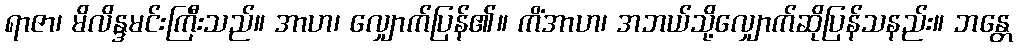
ရာဇာ၊ မိလိန္ဒမင်းကြီးသည်။ အာဟ၊ လျှောက်ပြန်၏။ ကိံအာဟ၊ အဘယ်သို့လျှောက်ဆိုပြန်သနည်း။ ဘန္တေ